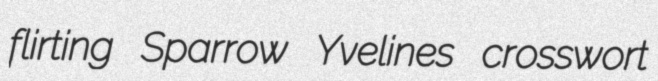
flirting Sparrow Yvelines crosswort